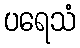
ပရေသံ